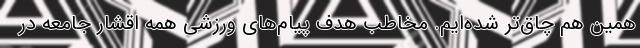
همین هم چاق‌تر شده‌ایم. مخاطب هدف پیام‌های ورزشی همه اقشار جامعه در